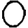
Digit: 0